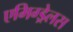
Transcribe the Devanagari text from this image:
एमिग्ड्रेलस